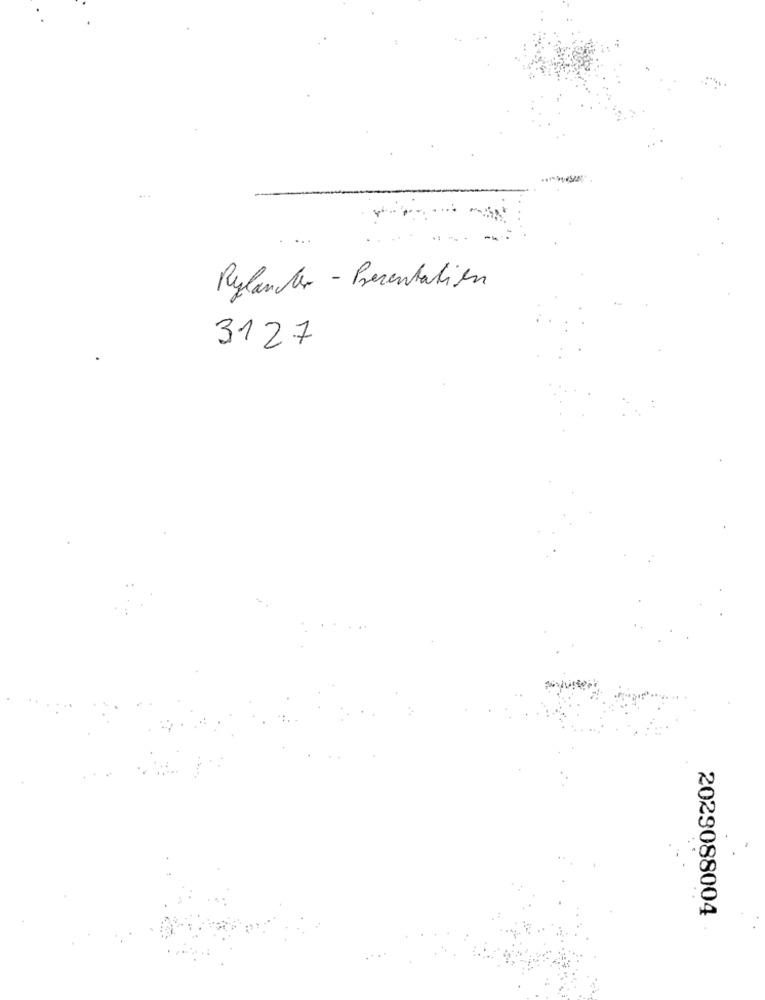
Rylander - Presentation
3127
2029088004